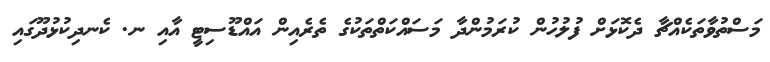
މަސްތުވާތަކެއްޗާ ދެކޮޅަށް ފުލުހުން ކުރަމުންދާ މަސައްކަތްތަކުގެ ތެރެއިން އައްޑޫސިޓީ އާއި ނ. ކެނދިކުޅުދޫގައި